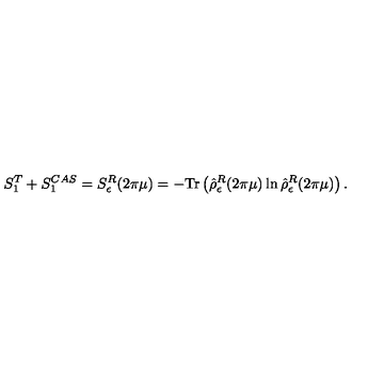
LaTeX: S _ { 1 } ^ { T } + S _ { 1 } ^ { C A S } = S _ { \epsilon } ^ { R } ( 2 \pi \mu ) = - \mathrm { T r } \left( \hat { \rho } _ { \epsilon } ^ { R } ( 2 \pi \mu ) \ln \hat { \rho } _ { \epsilon } ^ { R } ( 2 \pi \mu ) \right) .